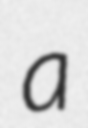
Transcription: a